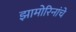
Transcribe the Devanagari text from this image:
झामोरिनांचे